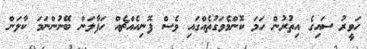
ހަވީރު ސައިގެ އިތުރުން ހަމަ ކޮންމެވަގުތެއްގައި ވެސް ފޮނިއެއްޗެއް ހަފާލަން ބޭނުންނަމަ ކާލަން